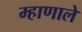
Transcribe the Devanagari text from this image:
म्हाणाले